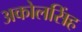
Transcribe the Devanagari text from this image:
अकोलसिंह